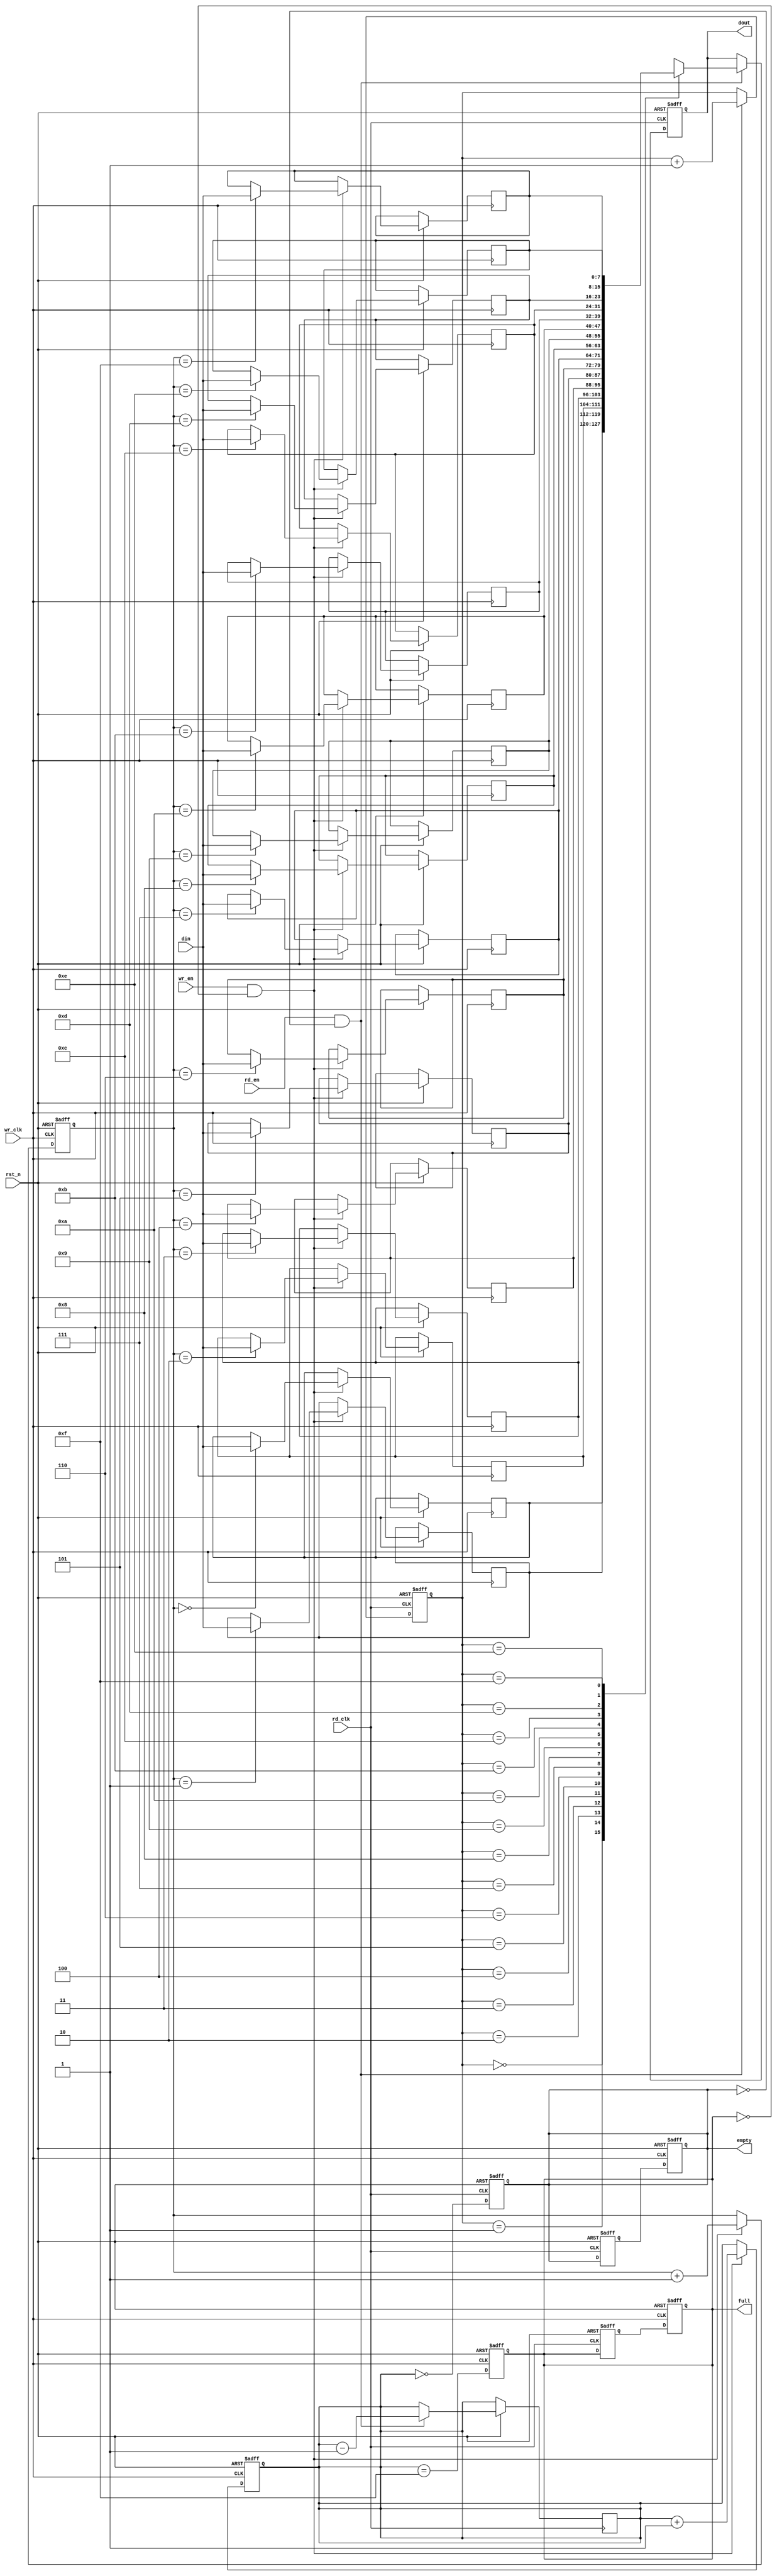
module async_fifo #(
    parameter DATA_WIDTH = 8,  // Width of data
    parameter FIFO_DEPTH = 16   // Depth of FIFO (must be a power of 2)
)(
    input wire wr_clk,          // Write clock
    input wire rd_clk,          // Read clock
    input wire rst_n,           // Asynchronous reset (active low)
    input wire wr_en,           // Write enable
    input wire rd_en,           // Read enable
    input wire [DATA_WIDTH-1:0] din, // Data input
    output reg [DATA_WIDTH-1:0] dout, // Data output
    output reg full,            // FIFO full flag
    output reg empty            // FIFO empty flag
);

    // Memory block
    reg [DATA_WIDTH-1:0] fifo_mem [0:FIFO_DEPTH-1];

    // Write and read pointers
    reg [3:0] wr_ptr;          // Write pointer (log2(FIFO_DEPTH) bits)
    reg [3:0] rd_ptr;          // Read pointer (log2(FIFO_DEPTH) bits)
    reg [3:0] count;           // Number of items in FIFO

    // Asynchronous reset and pointer management
    always @(posedge wr_clk or negedge rst_n) begin
        if (!rst_n) begin
            wr_ptr <= 0;
            count <= 0;
            full <= 0;
        end else begin
            if (wr_en && !full) begin
                fifo_mem[wr_ptr] <= din; // Write data to FIFO
                wr_ptr <= wr_ptr + 1'b1; // Increment write pointer
                count <= count + 1'b1;   // Increment count
            end
            // Update full flag
            full <= (count == FIFO_DEPTH - 1);
        end
    end

    always @(posedge rd_clk or negedge rst_n) begin
        if (!rst_n) begin
            rd_ptr <= 0;
            dout <= 0;
            empty <= 1;
        end else begin
            if (rd_en && !empty) begin
                dout <= fifo_mem[rd_ptr]; // Read data from FIFO
                rd_ptr <= rd_ptr + 1'b1;  // Increment read pointer
                count <= count - 1'b1;    // Decrement count
            end
            // Update empty flag
            empty <= (count == 0);
        end
    end

    // Synchronize the empty and full flags to the opposite clock domain
    reg empty_sync;
    reg full_sync;

    always @(posedge rd_clk or negedge rst_n) begin
        if (!rst_n) begin
            empty_sync <= 1;
            full_sync <= 0;
        end else begin
            empty_sync <= empty;
            full_sync <= full;
        end
    end

    always @(posedge wr_clk or negedge rst_n) begin
        if (!rst_n) begin
            empty <= 1;
            full <= 0;
        end else begin
            empty <= empty_sync;
            full <= full_sync;
        end
    end

endmodule